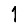
Digit: 1